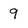
Character: 9